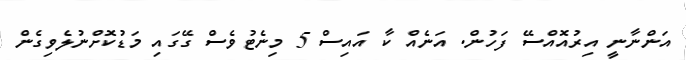
އަންނާނީ އިރުއޮއްސޭ ފަހުން. އަނެއް ކާ އައިސް 5 މިނެޓުވެސް ގޭގައި މަޑުކޮށްނުލެވިގެން